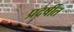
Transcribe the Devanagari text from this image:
प्रदर्षीत